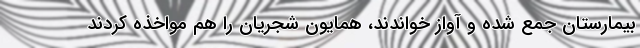
بیمارستان جمع شده و آواز خواندند، همایون شجریان را هم مواخذه کردند